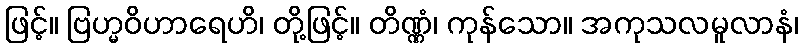
ဖြင့်။ ဗြဟ္မဝိဟာရေဟိ၊ တို့ဖြင့်။ တိဏ္ဏံ၊ ကုန်သော။ အကုသလမူလာနံ၊